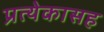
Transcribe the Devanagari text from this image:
प्रत्येकासह